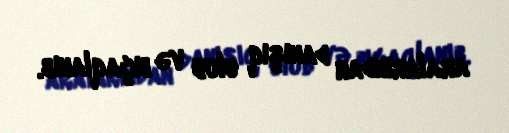
aralarından danışıq olub və bıçaqlanıb.